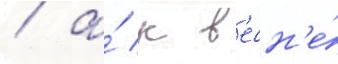
/ а́ к в'есн'е́